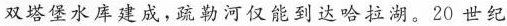
双塔堡水库建成，疏勒河仅能到达哈拉湖。20 世纪